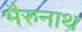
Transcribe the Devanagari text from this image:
भैरुनाथ